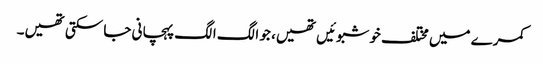
کمرے میں مختلف خوشبوئیں تھیں، جو الگ الگ پہچانی جا سکتی تھیں۔